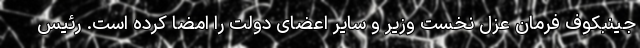
جینبکوف فرمان عزل نخست وزیر و سایر اعضای دولت را امضا کرده است. رئیس